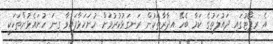
އެ ރިޕޯޓުގައި ދައުލަތުގެ ކަމާ ބެހޭ އިދާރާތަކުން ރަނގަޅުކުރުމަށް ހުށަހަޅާފައިވާ ގިނަ ހުށައެޅުންތަކަކީ